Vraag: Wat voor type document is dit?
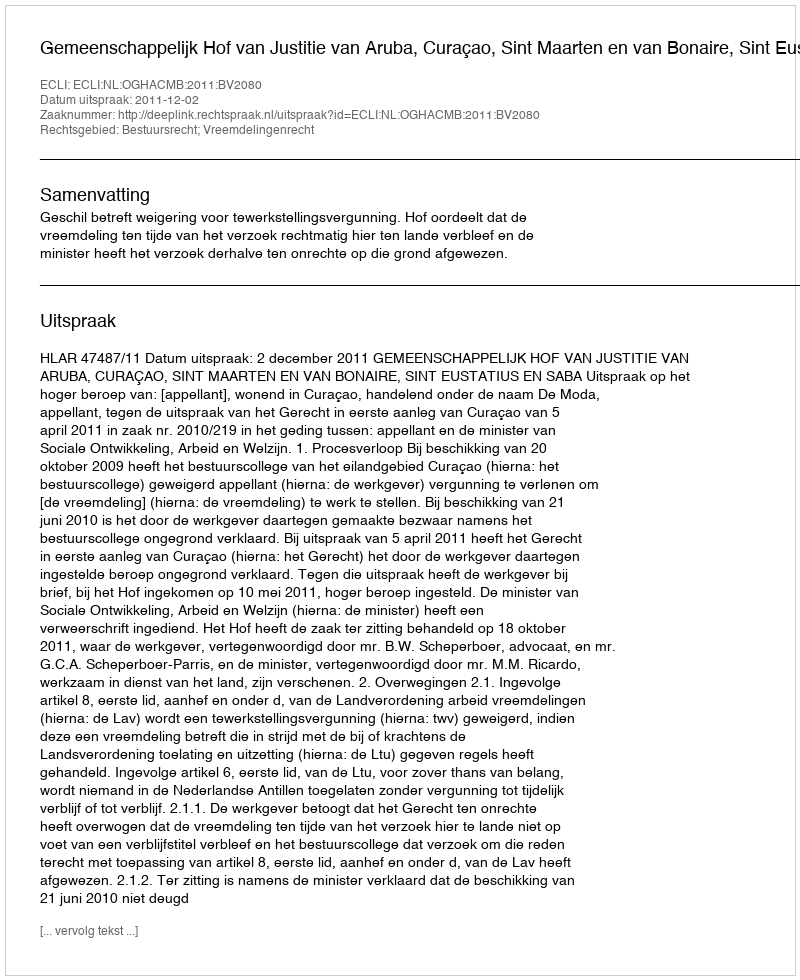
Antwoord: Uitspraak